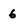
Character: 6